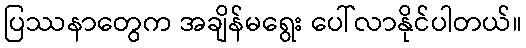
ပြဿနာတွေက အချိန်မရွေး ပေါ်လာနိုင်ပါတယ်။